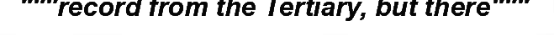
"""record from the Tertiary, but there"""